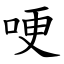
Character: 哽